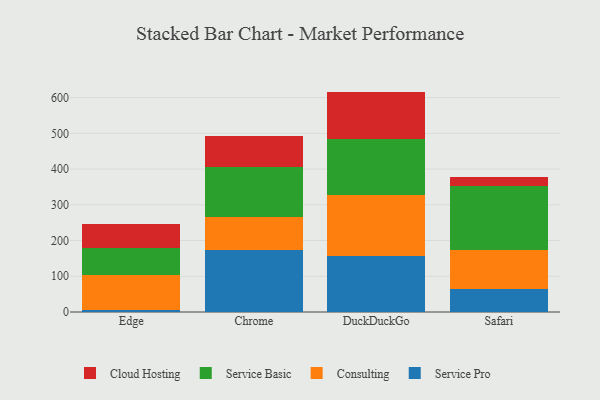
{"axis": {"x": "Browser", "y": "Energy Usage (MWh)"}, "legend": ["Cloud Hosting", "Consulting", "Service Basic", "Service Pro"], "data": [{"x": "Edge", "y": 5.4, "type": "Service Pro"}, {"x": "Edge", "y": 99.0, "type": "Consulting"}, {"x": "Edge", "y": 73.9, "type": "Service Basic"}, {"x": "Edge", "y": 68.8, "type": "Cloud Hosting"}, {"x": "Chrome", "y": 174.9, "type": "Service Pro"}, {"x": "Chrome", "y": 92.1, "type": "Consulting"}, {"x": "Chrome", "y": 139.2, "type": "Service Basic"}, {"x": "Chrome", "y": 87.1, "type": "Cloud Hosting"}, {"x": "DuckDuckGo", "y": 156.2, "type": "Service Pro"}, {"x": "DuckDuckGo", "y": 172.4, "type": "Consulting"}, {"x": "DuckDuckGo", "y": 156.4, "type": "Service Basic"}, {"x": "DuckDuckGo", "y": 131.9, "type": "Cloud Hosting"}, {"x": "Safari", "y": 65.1, "type": "Service Pro"}, {"x": "Safari", "y": 107.2, "type": "Consulting"}, {"x": "Safari", "y": 179.8, "type": "Service Basic"}, {"x": "Safari", "y": 26.1, "type": "Cloud Hosting"}]}